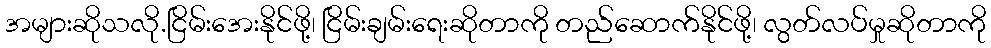
အများဆိုသလို.ငြိမ်းအေးနိုင်ဖို့၊ ငြိမ်းချမ်းရေးဆိုတာကို တည်ဆောက်နိုင်ဖို့၊ လွတ်လပ်မှုဆိုတာကို